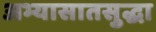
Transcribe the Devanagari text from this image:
अभ्यासातसुद्धा